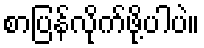
စာပြန်လိုက်ဖို့ပါပဲ။